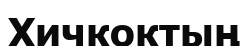
Хичкоктың